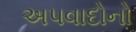
અપવાદોનો